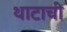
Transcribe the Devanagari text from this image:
थाटाची